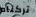
تركناه